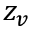
z _ { v }